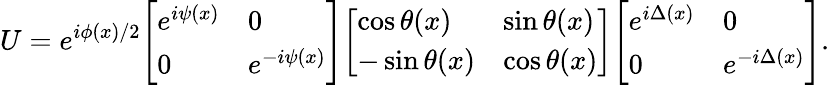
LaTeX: U=e^{i\phi(x)/2}{\left[\begin{array}{ll}{e^{i\psi(x)}}&{0}\\ {0}&{e^{-i\psi(x)}}\end{array}\right]}{\left[\begin{array}{ll}{\cos\theta(x)}&{\sin\theta(x)}\\ {-\sin\theta(x)}&{\cos\theta(x)}\end{array}\right]}{\left[\begin{array}{ll}{e^{i\Delta(x)}}&{0}\\ {0}&{e^{-i\Delta(x)}}\end{array}\right]}.